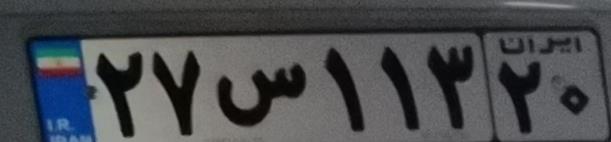
۲۷س۱۱۳۲۰